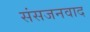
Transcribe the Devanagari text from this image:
संसजनवाद